Bréfritari: Soffía Daníelsdóttir
Viðtakandi: Jakobína Magnúsdóttir og Daníel Halldórsson
Dagsetning: A-1906-12-02
Skrifað á: Sauðanes  N-Þing.
Soffía var dóttir Jakobínu og Daníels

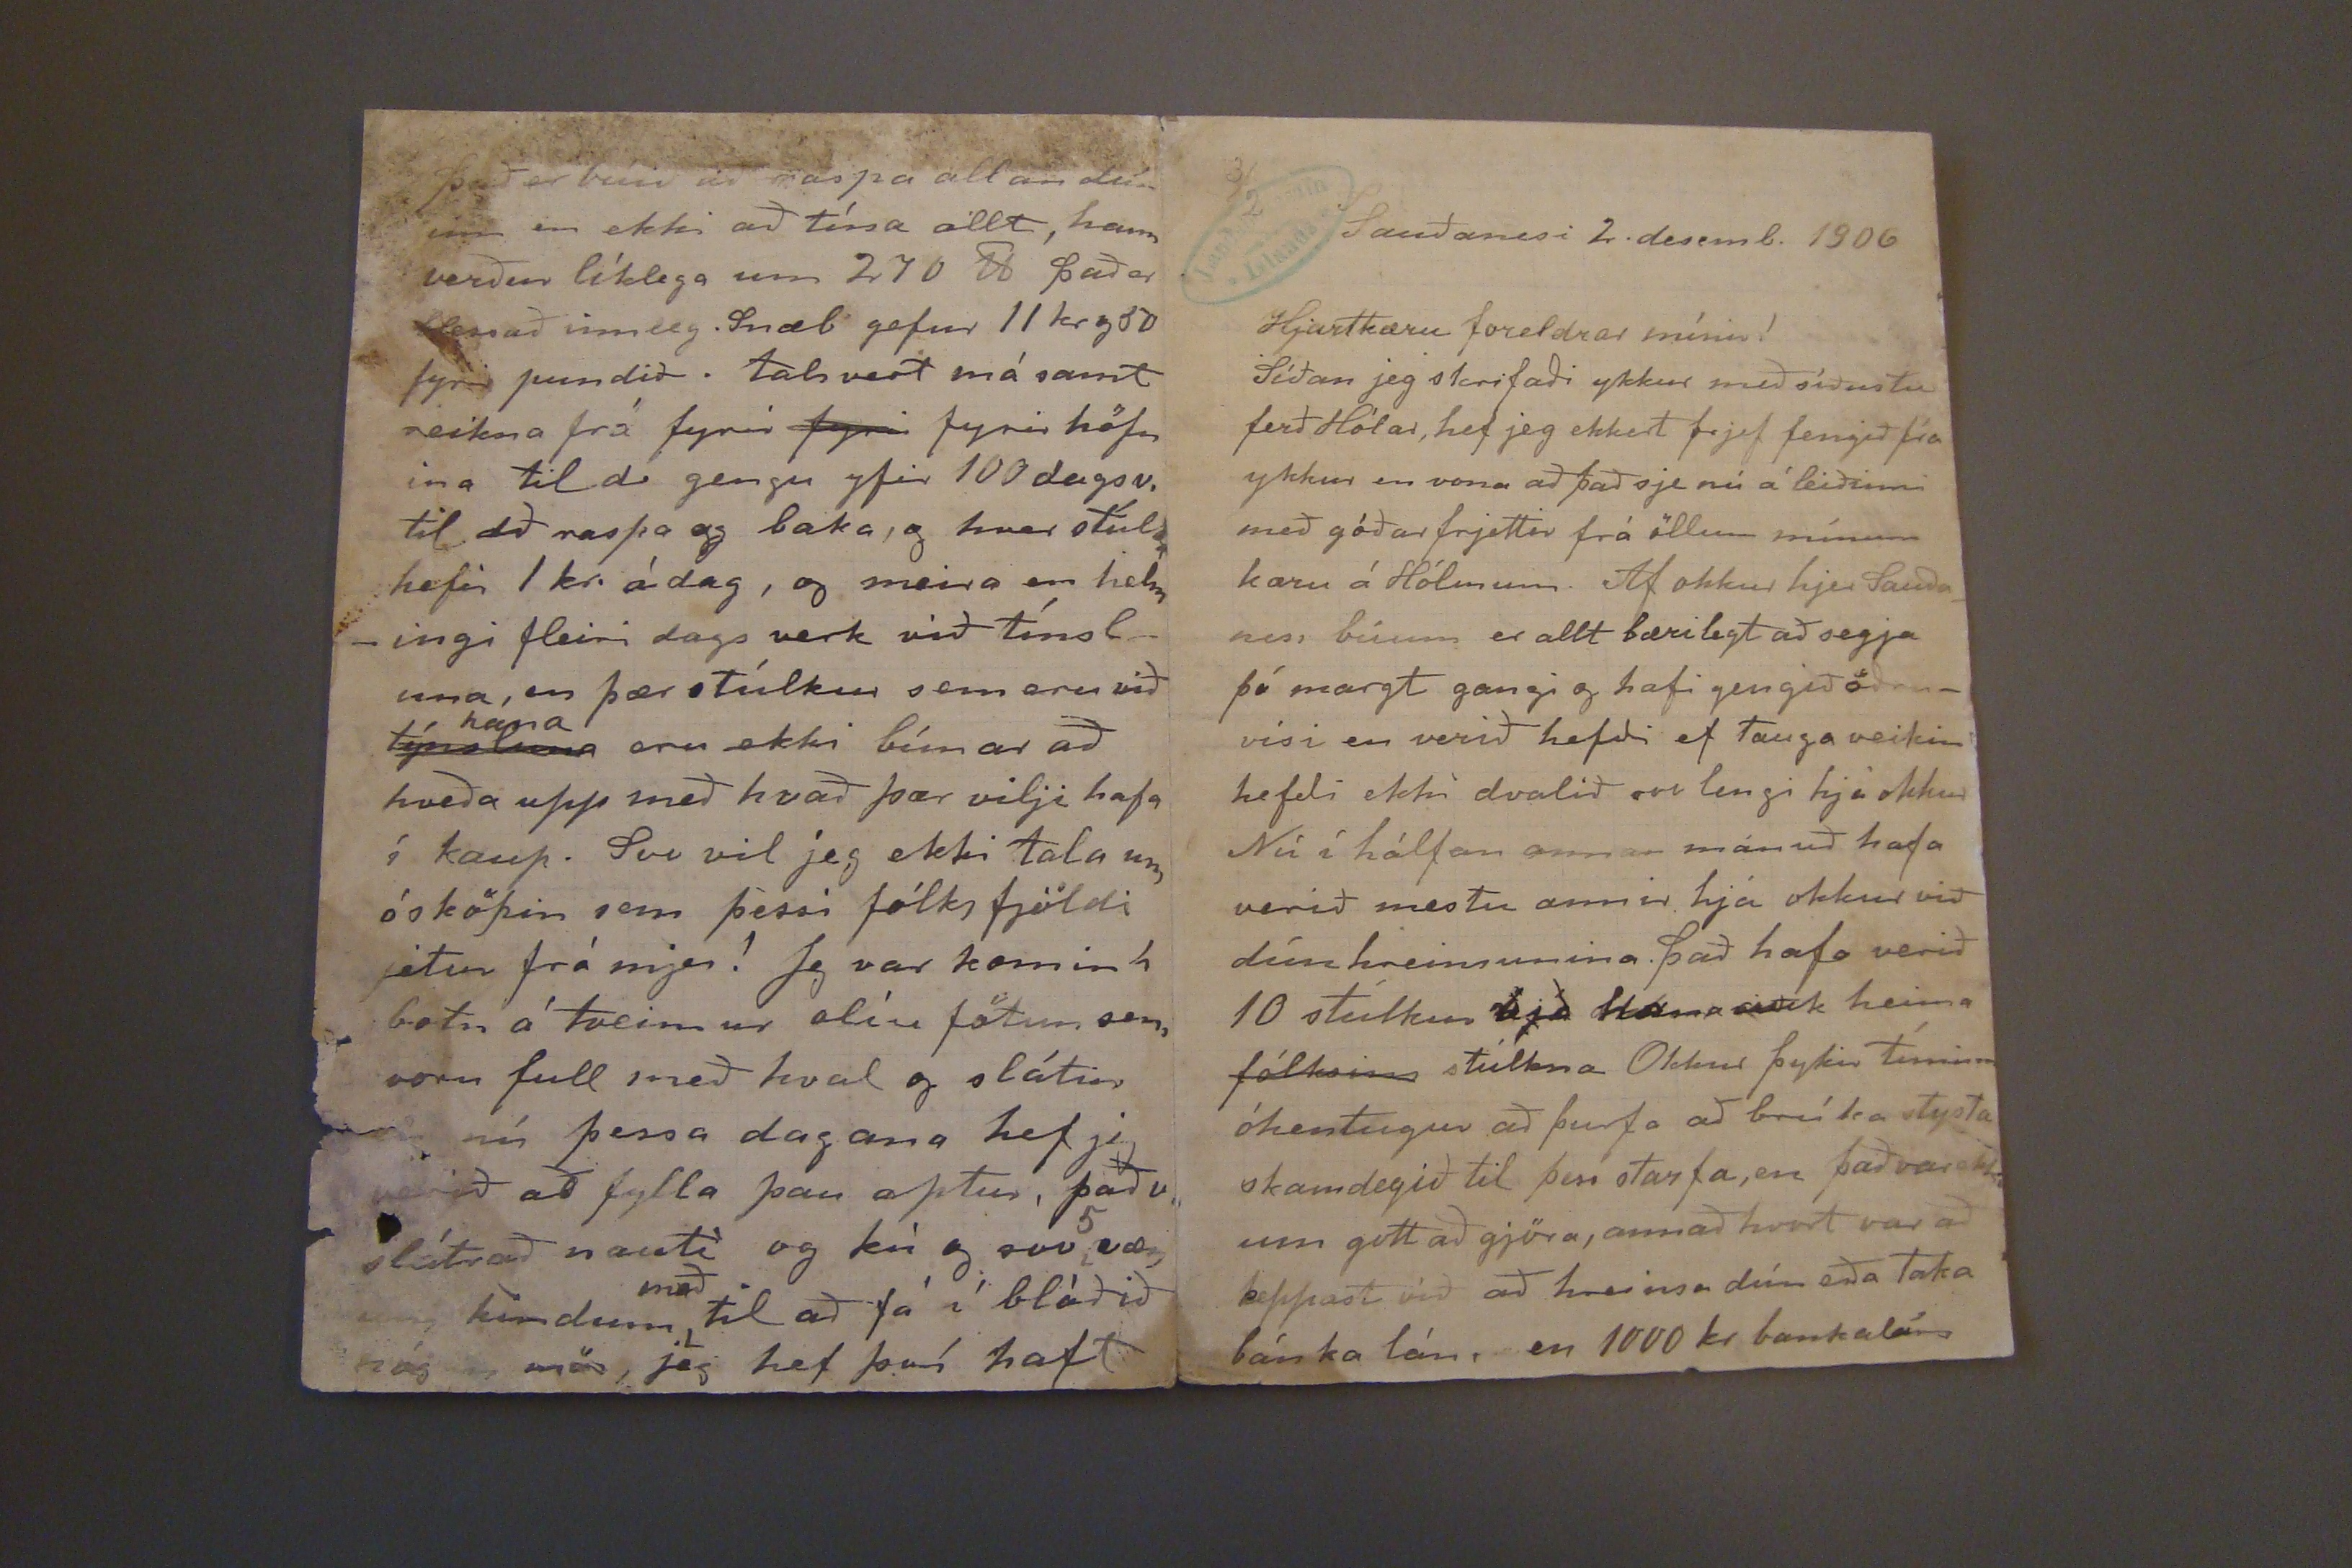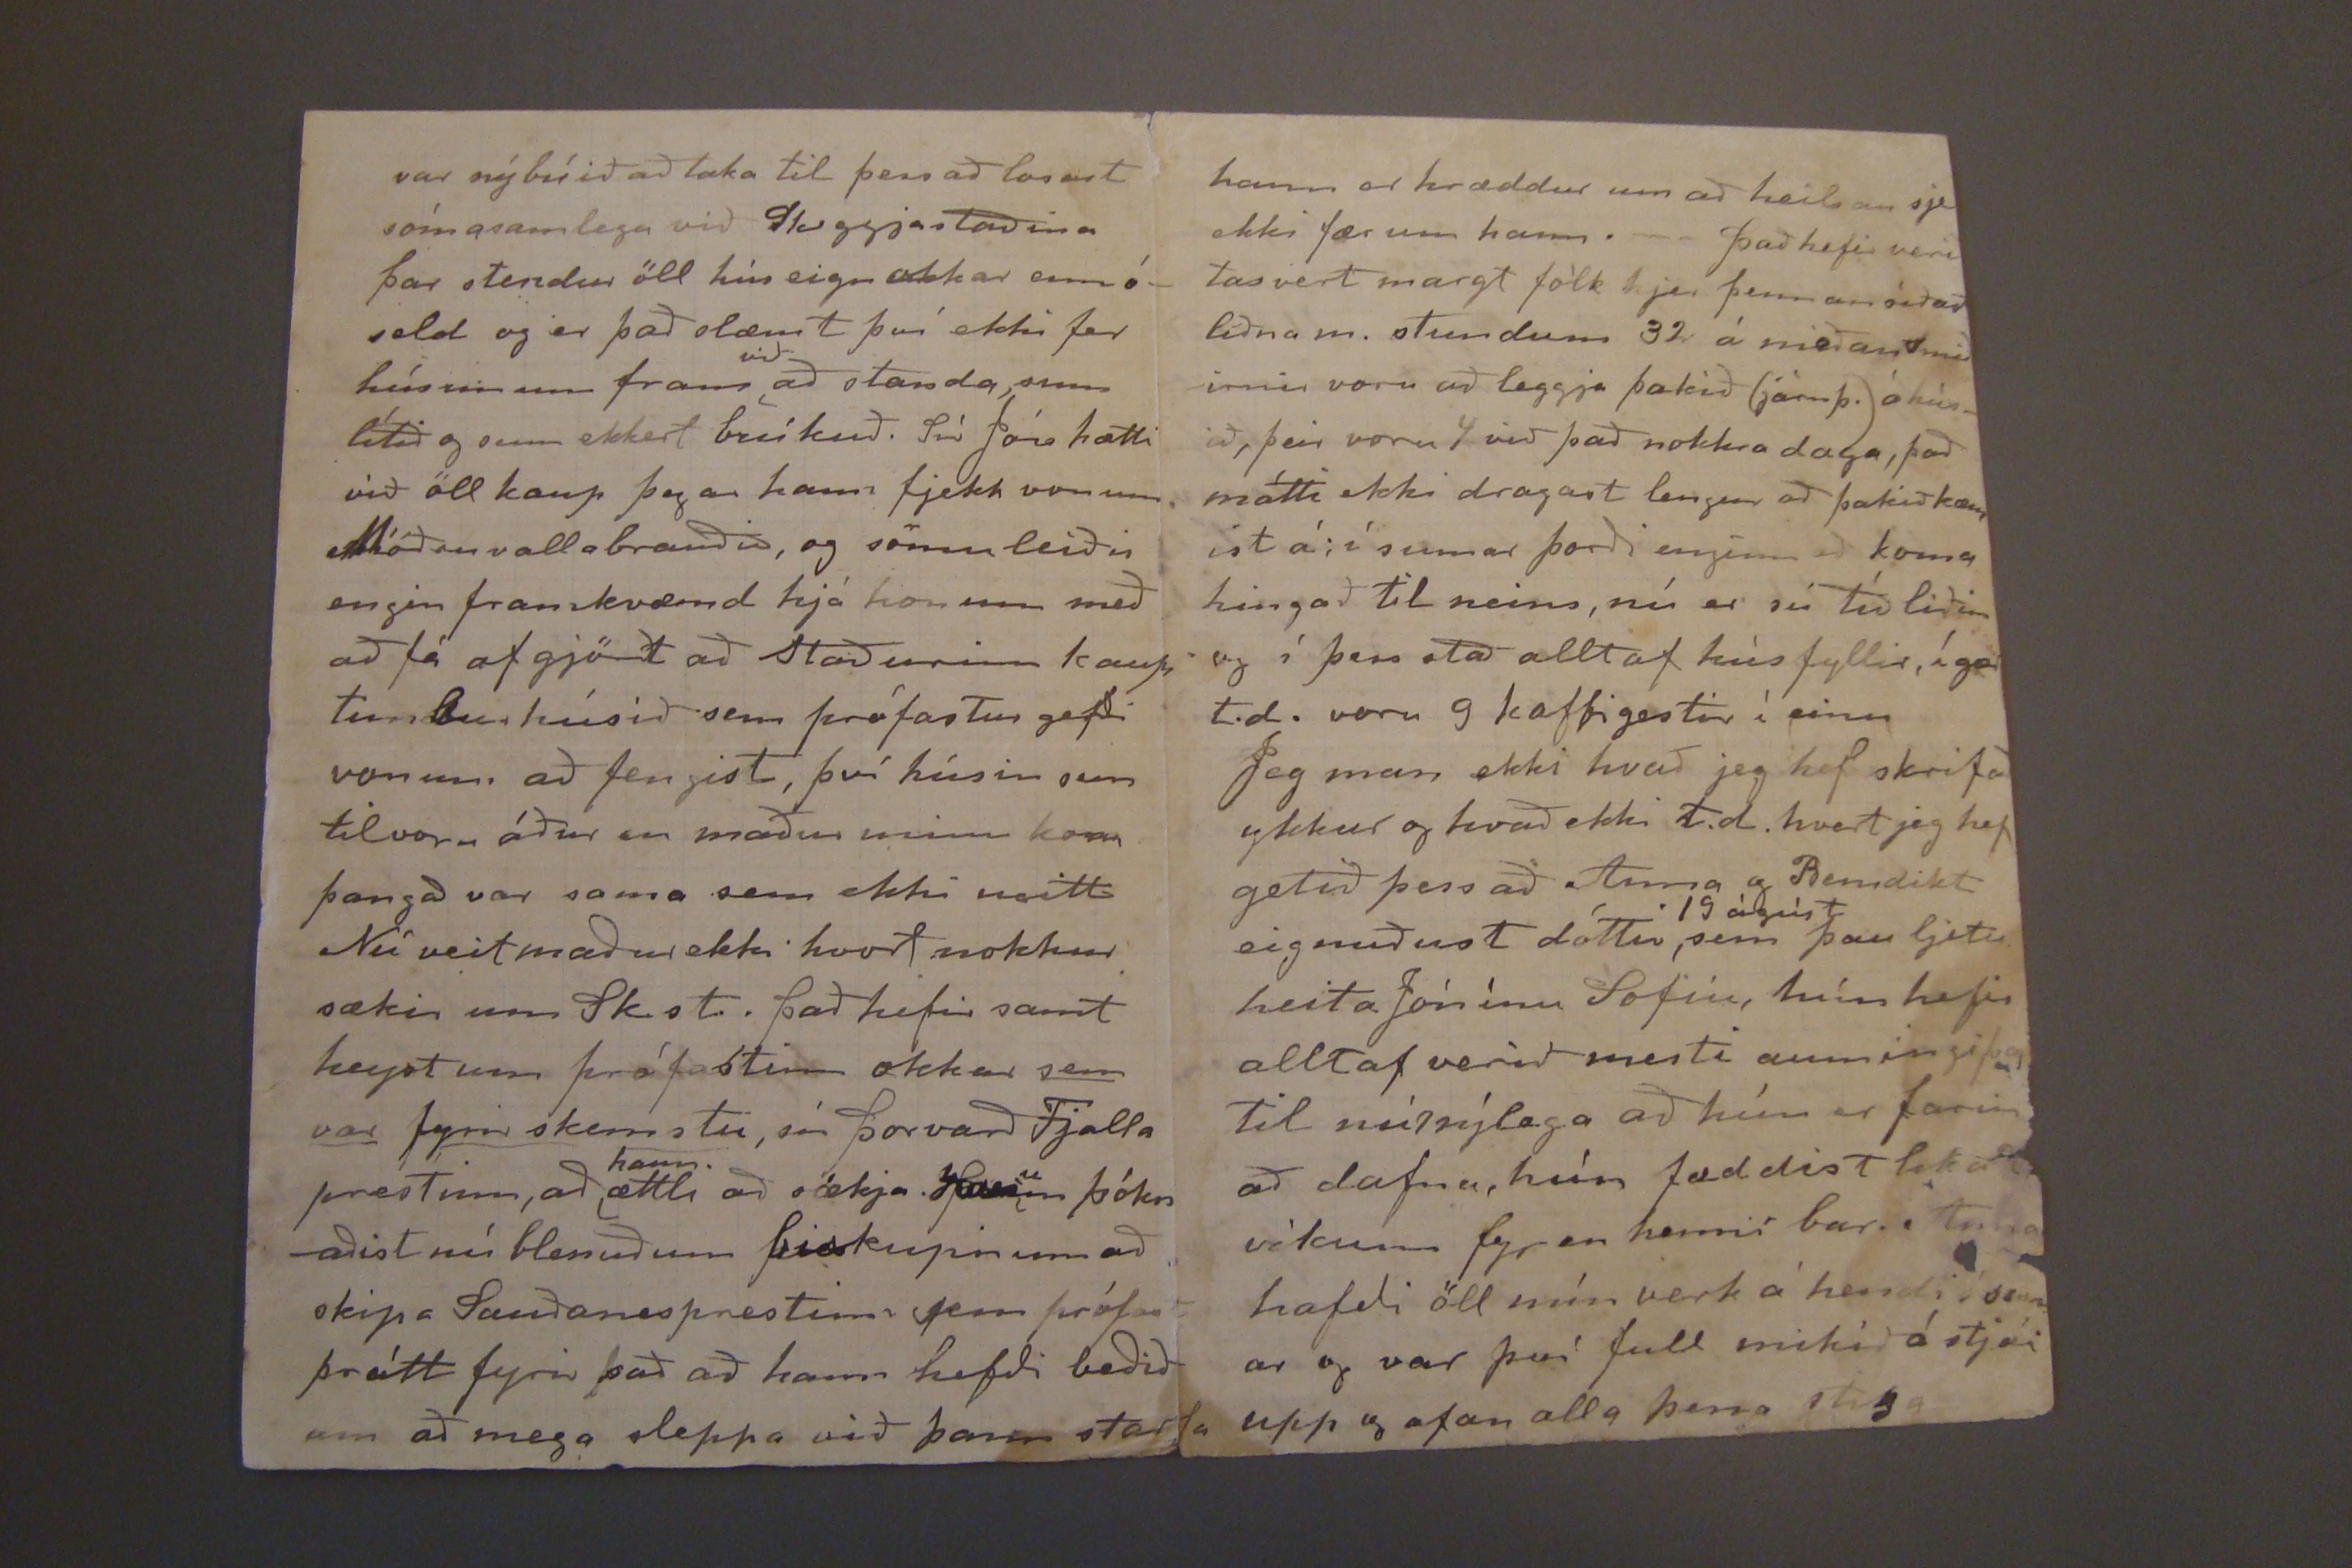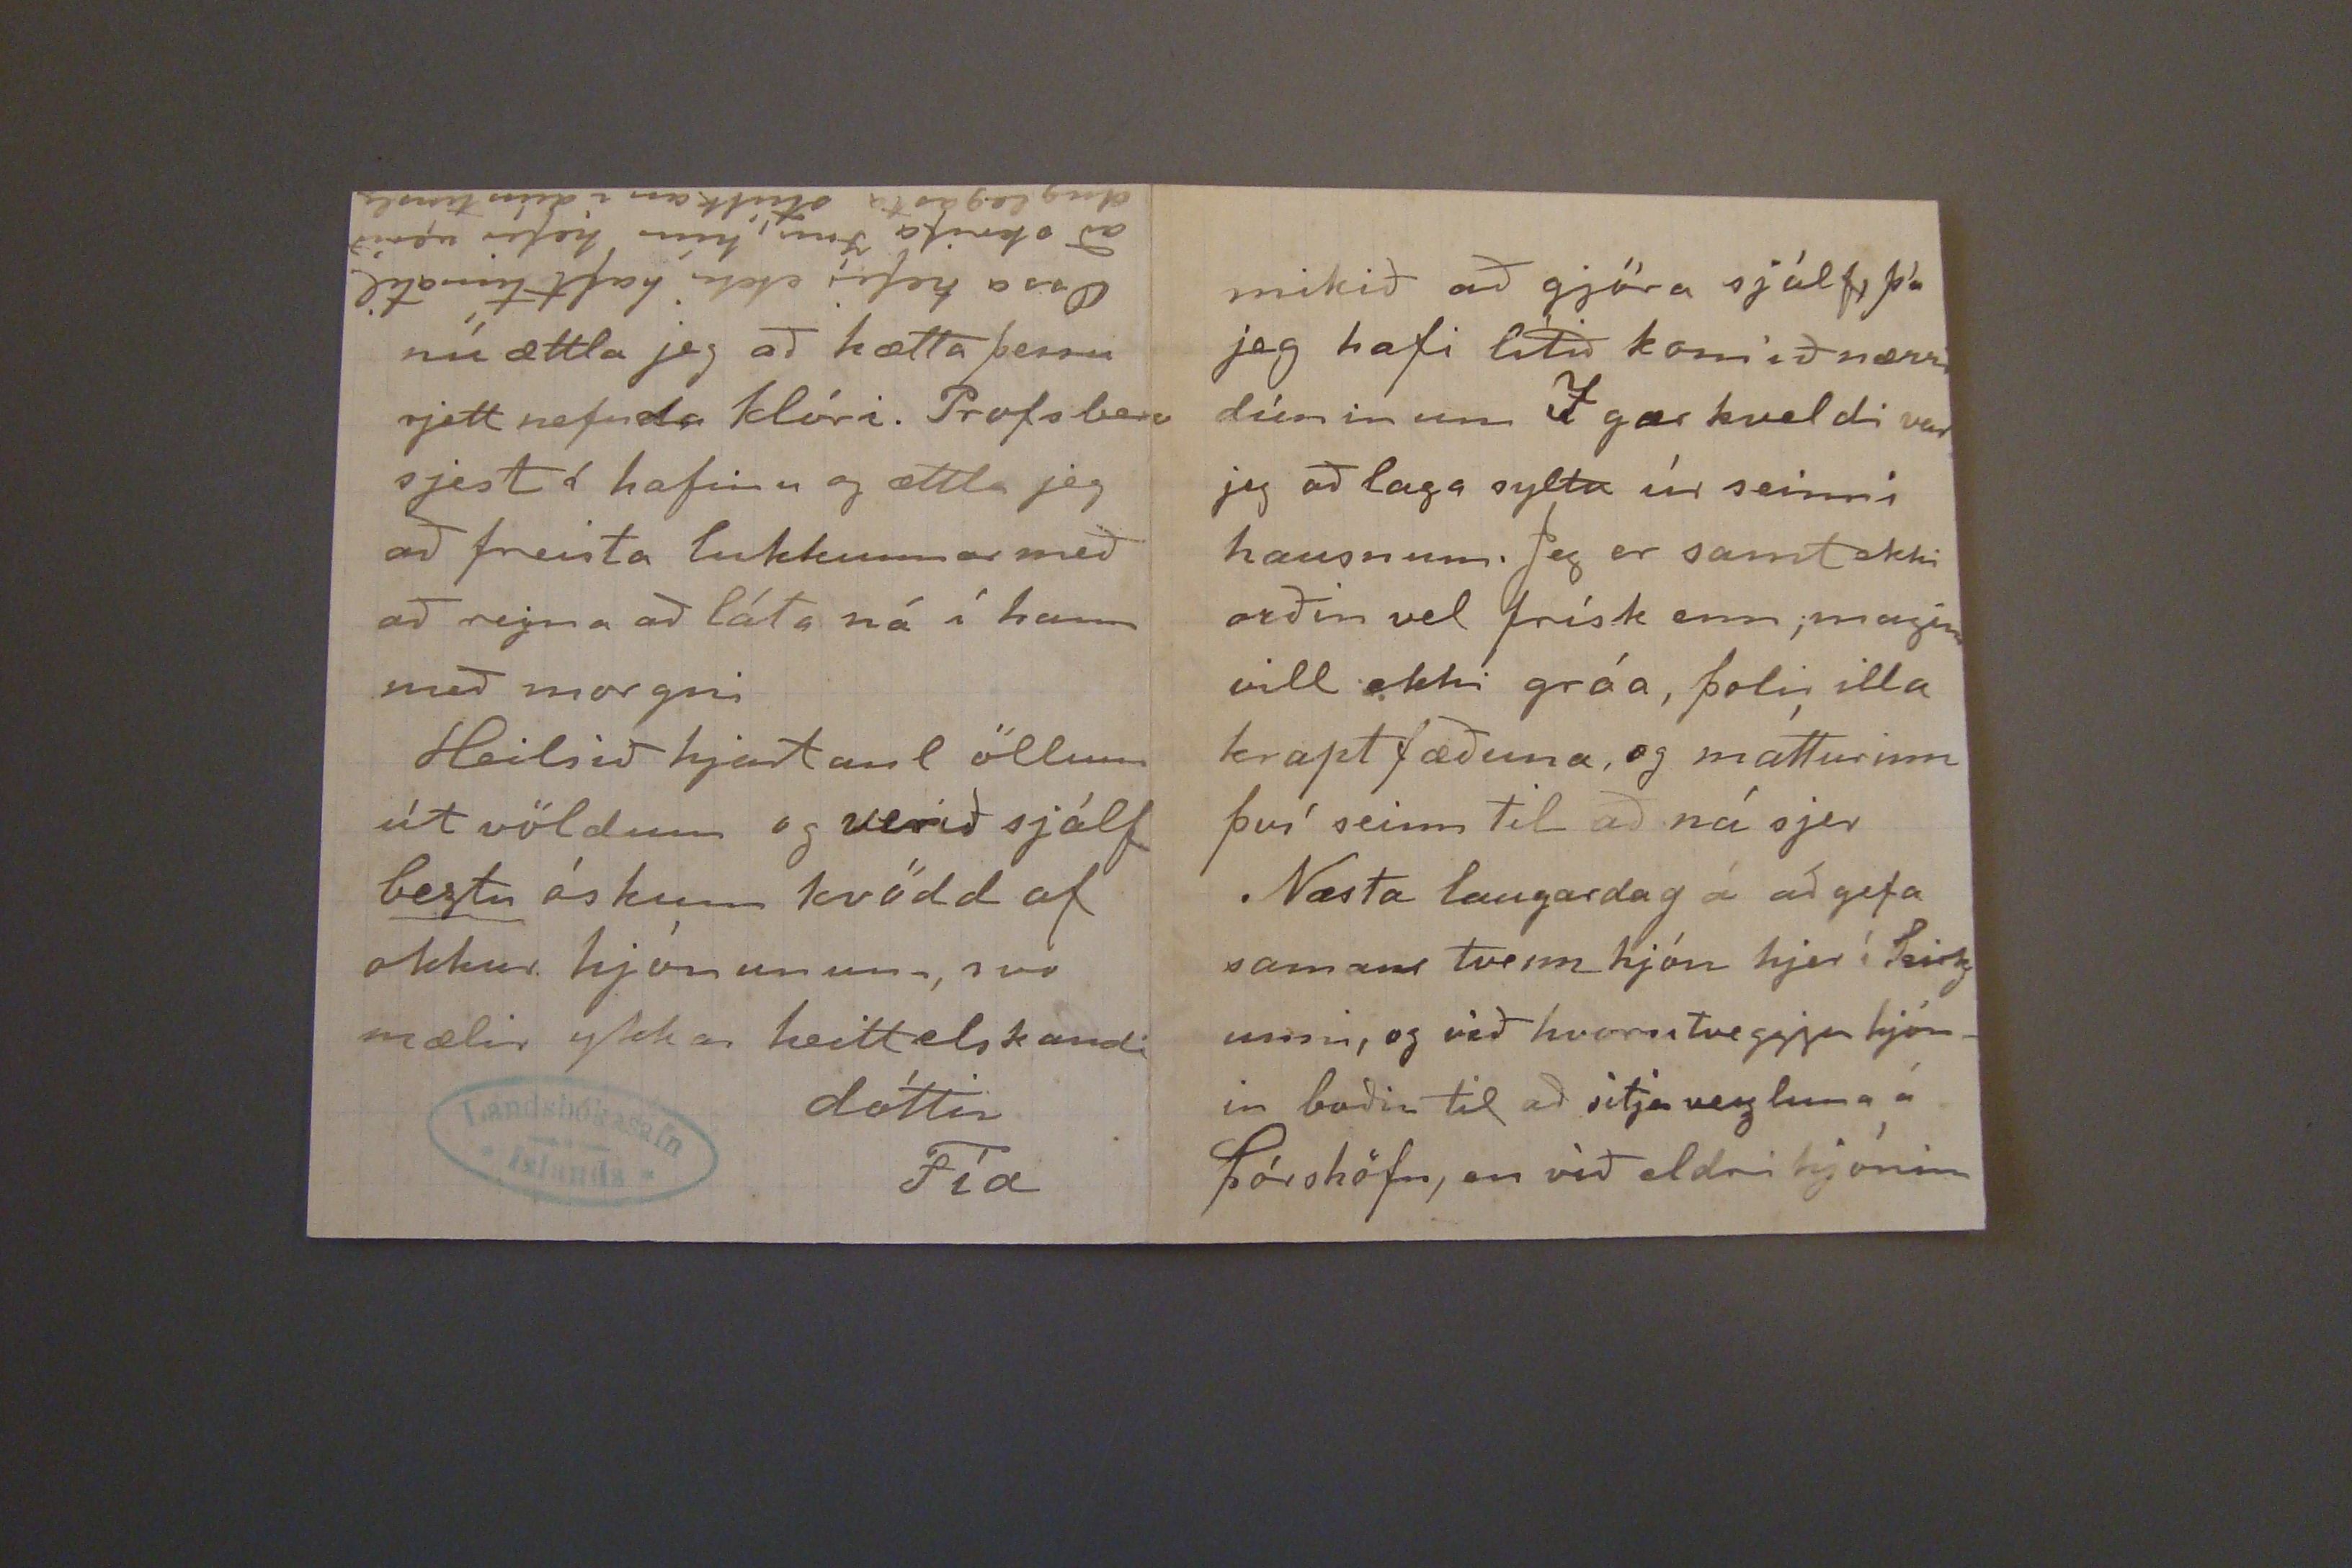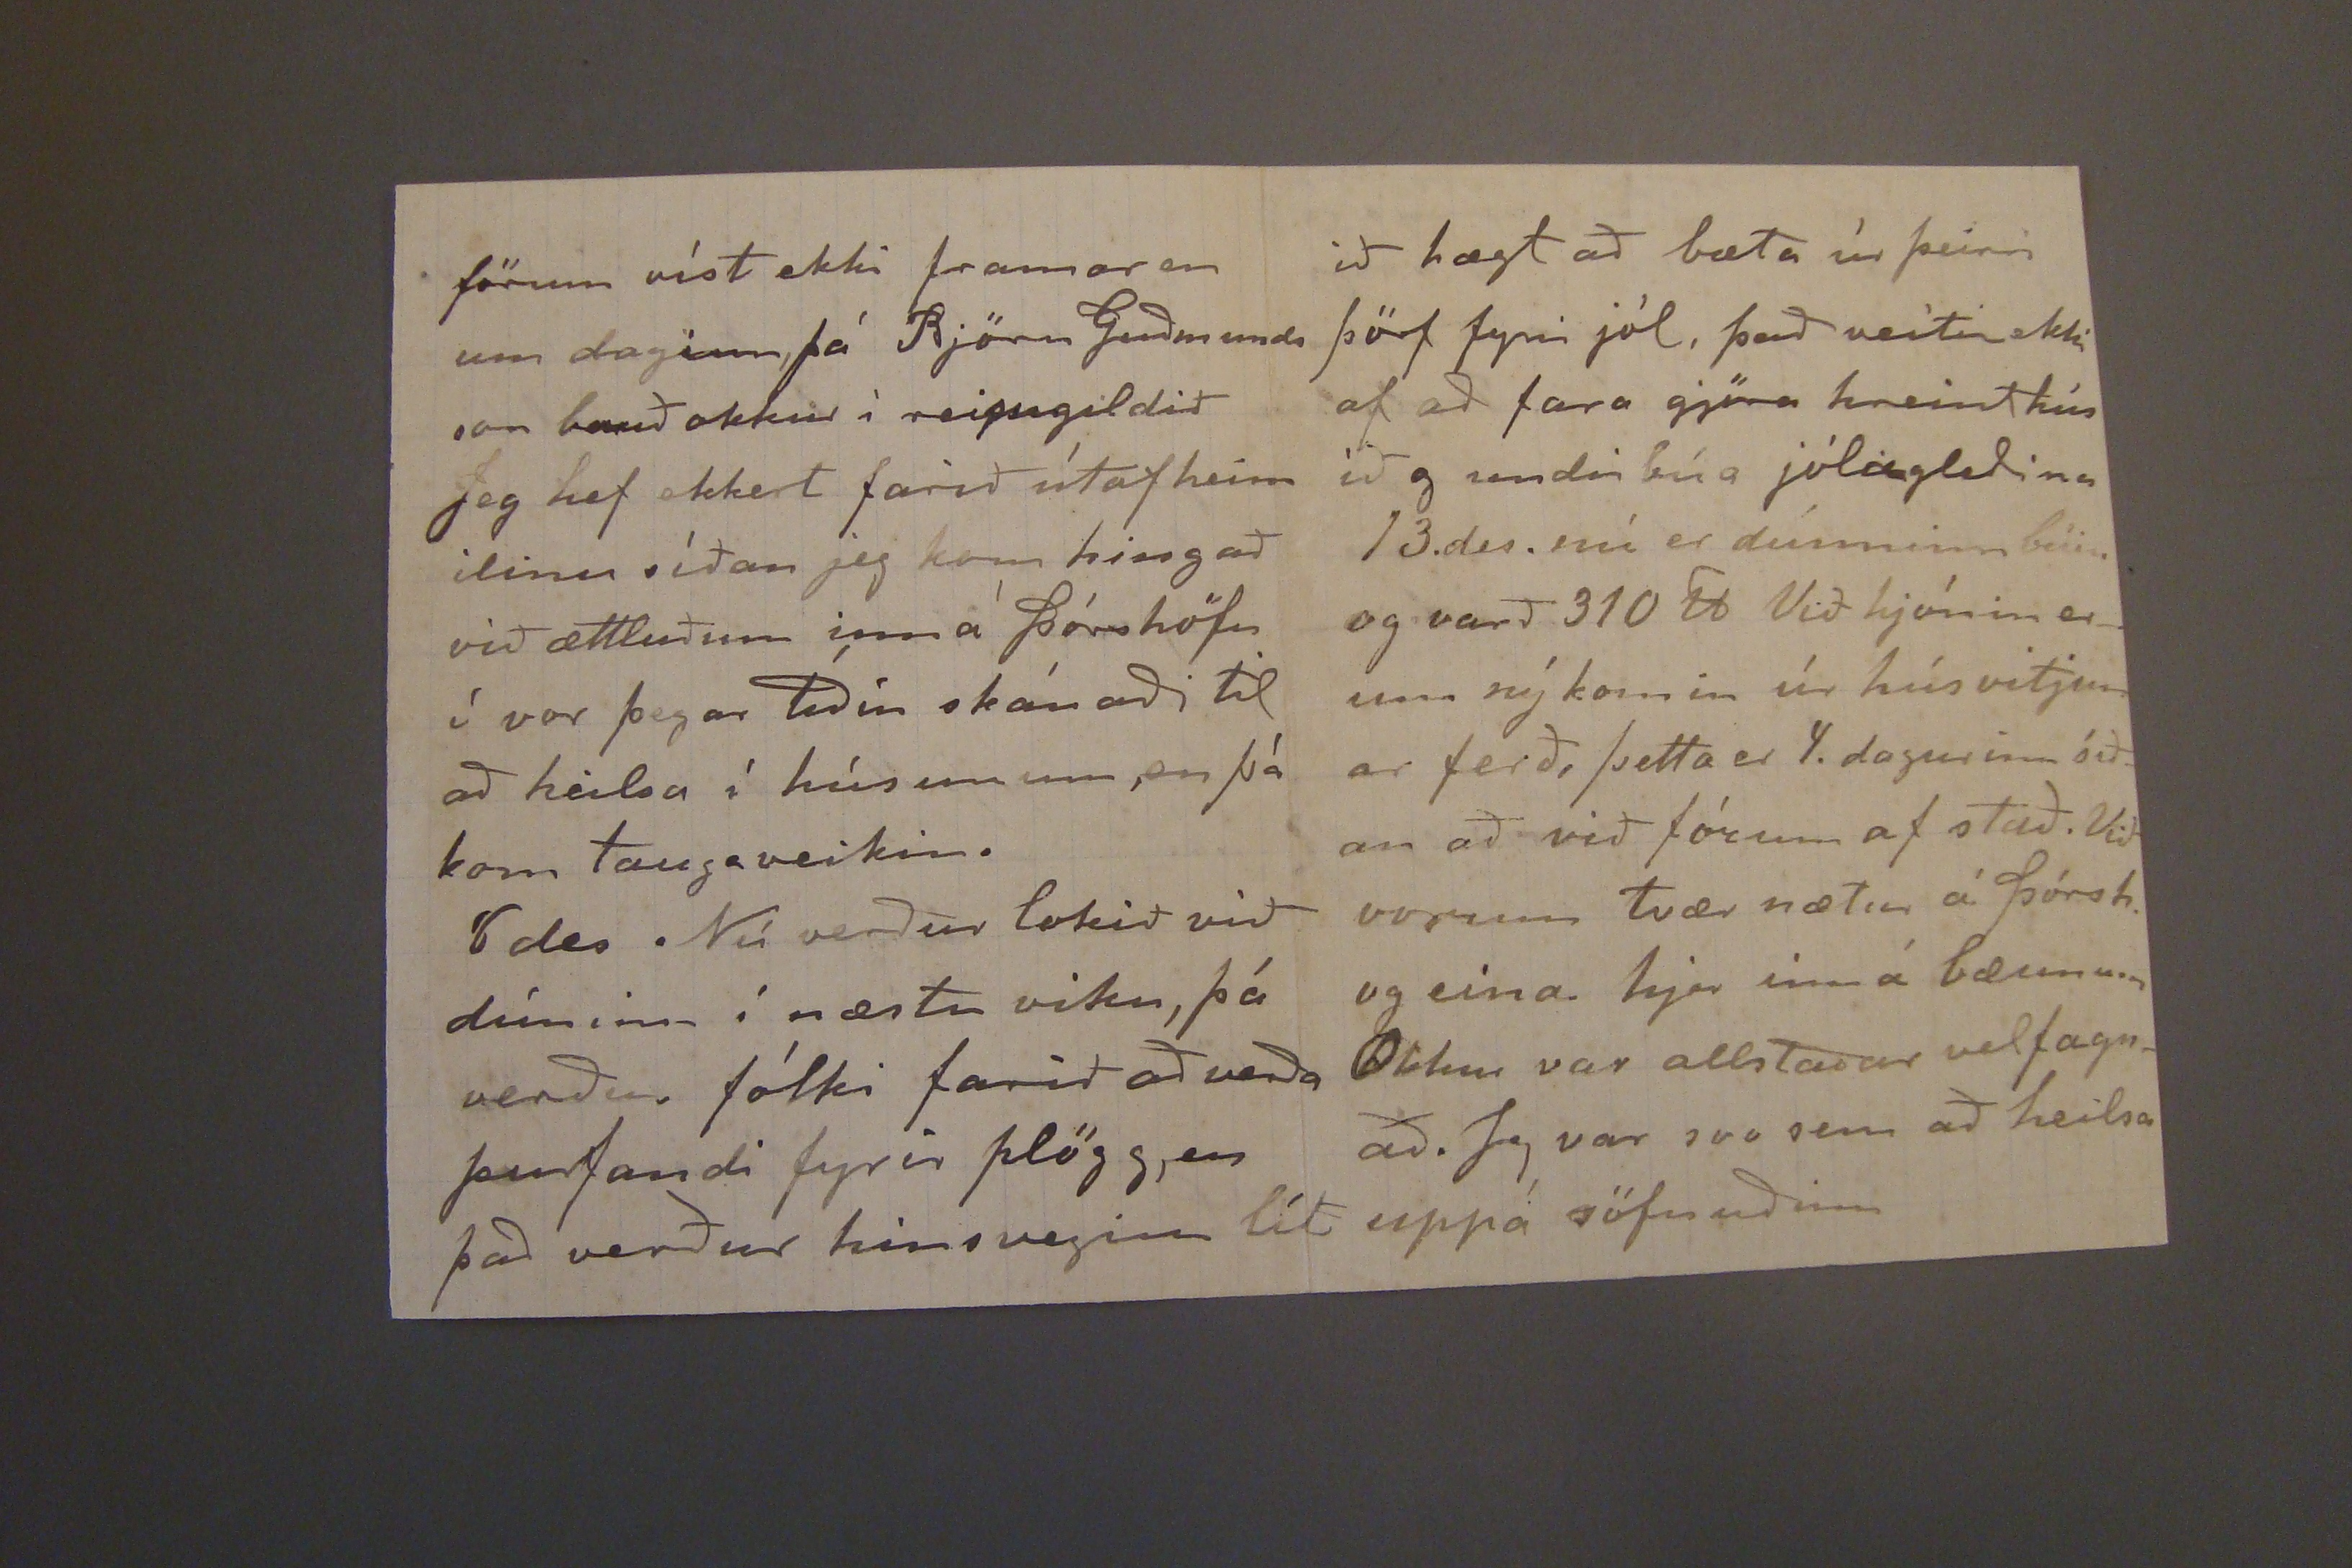

3/2
Sauðanesi 2. desemb. 1906
Hjartkæru foreldrar mínir!
Síðan jeg skrifaði ykkur með síðustu ferð Hólar, hef jeg ekkert brjef fengið frá ykkur en vona að það sje nú á leiðinni með góðar frjettir frá öllum mínum kæru á Hólmum. Af okkur hjer Sauða ness búum er allt bærilegt að segja þó margt gangi og hafi gengið öðruvísi en verið hefði ef tauga veikin hefði ekki dvalið svo lengi hjá okkur Nú í hálfan annan mánuð hafa verið mestu annir hjá okkur við dúnhreinsunina. það hafa verið 10 stúlkur
/strok/við husa verk/
heima
fólksins
stúlkna Okkur þykir tíminn óhentugur að þurfa að brúka stysta skamdegið til þess starfa, en það var ekki um gott að gjöra, annað hvort var að keppast við að hreinsa dún eða taka bánka lán, en 1000 kr bankaláns
var nýbúið að taka til þess að losast sómasamlega við Skeggjastaðina þar stendur öll hús eign okkar enn óseld og er það slæmt því ekki fer húsunum fram
við
k að standa, sinn lítið og sum ekkert brúkuð. Sír Jón hætti við öll kaup þegar hann fjekk von um Möðruvallabrauðið, og sömuleiðis engin framkvæmd hjá honum með að fá af gjört að staðurinn kaupi timburhúsið sem prófastur gefði vonum að fengist, því húsin sem til voru áður en maður minn kom þangað var sama sem ekki neitt Nú veit maður ekki hvort nokkur sækir um Sk.st. það hefir samt heyrt um prófastinn okkar
sem var fyrir skemstu
, sír þorvarð Fjalla prestinn, að
hann
ættli að sækja Honum þóknaðist nú blessuðum biskupninn að skipta Sauðanesprestinn, sem prófast þrátt fyrir það að hann hefði beðið um að mega sleppa við þann starfa
það er búið að
raspa
allan dún inn en ekki að tína allt, hann verður líklega um 270
ll
það er blessað innleg. Snæb gefur 11 kr og 50 fyrir pundið. talsvert má samt reikna frá fyrir
fyrir
fyrir höfn ina til d. gengu yfir 100 dagsv. til að raspa og baka, og hver stúlka hefir 1 kr. á dag, og meira en helmingi fleiri dags verkk við tínsluna, en þær stúlkur sem eru við
týnsluna
hana
eru ekki búnar að hveða upp með hvað þær vilji hafa í kaup. Svo vil jeg ekki tala um ósköpin sem þessi fólks fjöldi etur frá mjer! Jeg var komin í botn á tveimur olíu fötum sem voru full með hval og slátur nú þessa dagana hef jeg verið að fylla þau aptur, það v slátrað nauti og kú og svo
5
ærum
kindum
með
til að fá í blóðið nóg mör, jeg hef því haft
hann er hræddur um að heilsan sje ekki fær um hann. - það hefir verið tasvert margt fólk hjer þennan síðast liðna m. stundum 32 á meðan smiðirnir voru að leggja þakið (járnþ.) á húsið, þeir voru 4 við það nokkra daga, það mátti ekki dragast lengur að þakið kæmist á; í sumar þorði enginn að koma hingað til neins, nú er sú tíð liðin og í þess stað alltaf hús fyllir, í gær t.d. voru 9 kaffigestir í einu
Jeg man ekki hvað jeg hef skrifað ykkur og hvað ekki t.d. hvort jeg hef getið þess að Anna og Benidikt eignuðust dóttir
19 ágúst
sem þau ljetu heita Jónínu Sofíu, hún hefir alltaf verið mesti aumingi þar til núnýlega að hún er farin að dafna, hún fæddist lika 2 vikum fyr en henni bar. Anna hafði öll mín verk á hendi i sumar og var því full mikið á stjái upp og ofan alla þessa
stiga
mikið að gjöra sjálf, þó jeg hafi lítið komið nærri dúninum I gær kveldi var jeg að laga sylta úr seinni hausnum. Jeg er samt ekki orðin vel frísk enn; maginn vill ekki gróa, þolir illa krapt fæðuna, og mátturinn því seinn til að ná sjer
Næsta laugardag á að gefa saman tveim hjón hjer í kirkjunni, og við hvoru tveggja hjónin boðin til að sitja vezluna á þórshöfn, en við eldri hjónin
förum víst ekki framar en um daginn, þá Björn Guðmunds son bauð okkur í reipugildið Jeg hef ekkert farið útaf heim ilinu síðan jeg kom hingað við ættluðum inn á þórshöfn í vor þegar Tíðin skánaði til að heilsa í húsunum, en þá kom taugaveikin.
8 des. Nú verður lokið við dúninn í næstu viku, þá verður fólki farið að verða þurfandi fyrir plögg, en það verður hinsveginn lít
nú ættla jeg að hætta þessu rjett nefnda klóri. Profsberi sjest í hafinu og ættla jeg að freista lukkunnar með að reyna að láta ná í hann með morgni
Heilsið hjartanl öllum út völdum og verið sjálf
beztu
óskum kvödd af okkur hjónunum, svo mælir ykkar heitt elskandi dóttir
Fía
Ossa hefir ekki haft tíma til að skrifa Ínu, hún hefir verið duglegasta stúlkan í dún tínsli
ið hægt að bæta úr þeirri þörf fyrir jól, það veitir ekki af að fara gjöra hreint hús ið g undirbúa jólagleðina
13. des. nú er dúnninn búin og varð 310 lb Við hjónin erum ný komin úr húsvitjunar ferð, þetta er 4. dagurinn óðan að við fórum af stað. Við vorum tvær nætur á þórsh. og eina hjer inn á bæunum Okkur var allstaðar velfagnað. Jeg var svo sem að heilsa uppá söfnuðinn